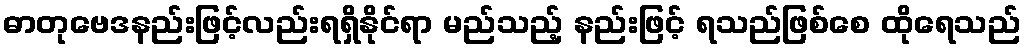
ဓာတုဗေဒနည်းဖြင့်လည်းရရှိနိုင်ရာ မည်သည့် နည်းဖြင့် ရသည်ဖြစ်စေ ထိုရေသည်